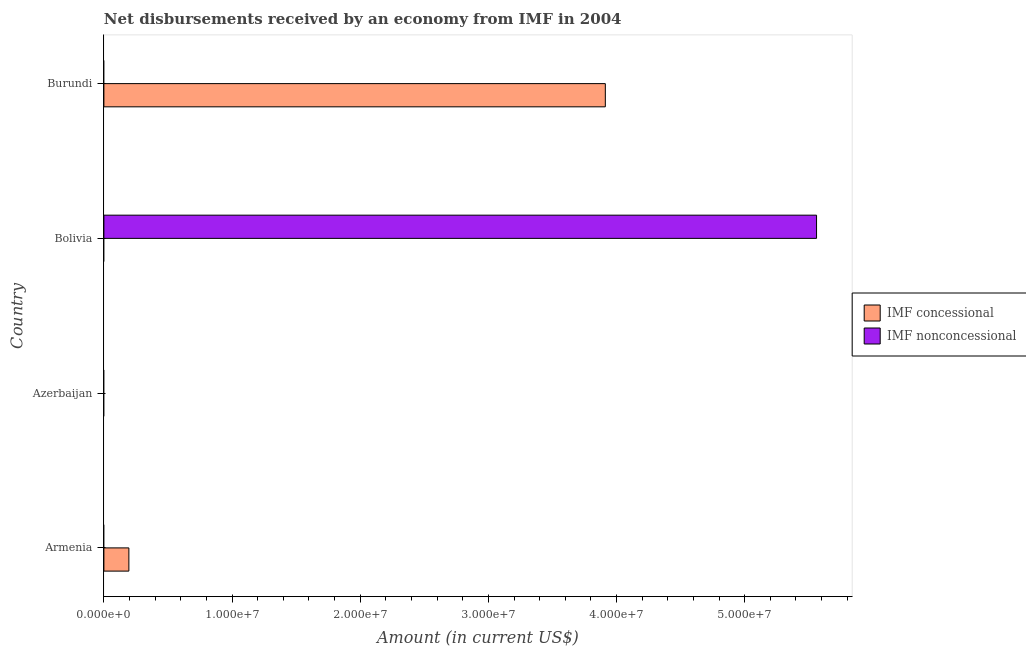
| Country | IMF concessional | IMF nonconcessional |
 | --- | --- | --- |
 | Armenia | 1.95e+06 | -8.34e+06 |
 | Azerbaijan | -2.17e+07 | -3.8e+07 |
 | Bolivia | -2.18e+07 | 5.56e+07 |
 | Burundi | 3.91e+07 | -2.85e+07 |